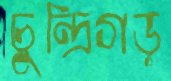
চুন্দ্রিগড়